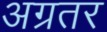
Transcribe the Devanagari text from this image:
अग्रतर